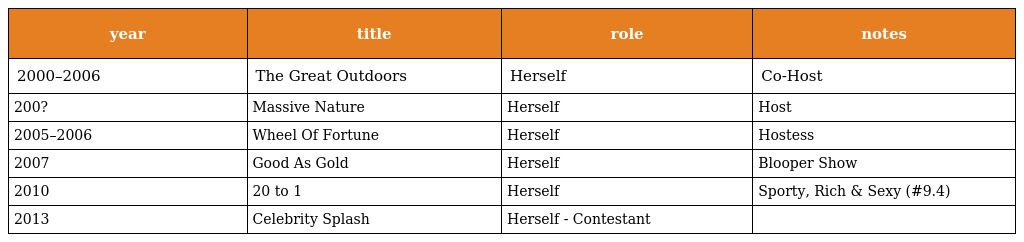
| year | title | role | notes |
 | --- | --- | --- | --- |
 | 2000–2006 | The Great Outdoors | Herself | Co-Host |
 | 200? | Massive Nature | Herself | Host |
 | 2005–2006 | Wheel Of Fortune | Herself | Hostess |
 | 2007 | Good As Gold | Herself | Blooper Show |
 | 2010 | 20 to 1 | Herself | Sporty, Rich & Sexy (#9.4) |
 | 2013 | Celebrity Splash | Herself - Contestant |  |